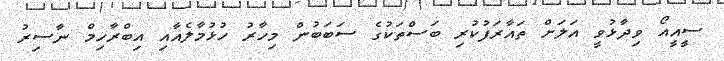
ސީއީއޯ ވިދާޅުވީ އަލަށް ތައާރަފުކުރި ބަސްތަކުގެ ސަބަބުން މިހާރު ހުޅުމާލެއާއި އިބްރާހިމް ނާސިރު